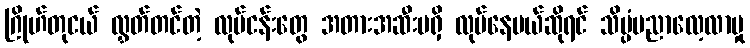
ဂြိုဟ်တုငယ် လွှတ်တင်တဲ့ လုပ်ငန်းတွေ အတားအဆီးမရှိ လုပ်နေမယ်ဆိုရင် သိပ္ပံပညာလေ့လာမှု